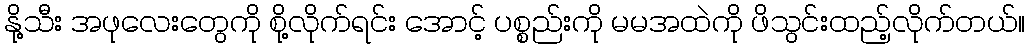
နို့သီး အဖုလေးတွေကို စို့လိုက်ရင်း အောင့် ပစ္စည်းကို မမအထဲကို ဖိသွင်းထည့်လိုက်တယ်။